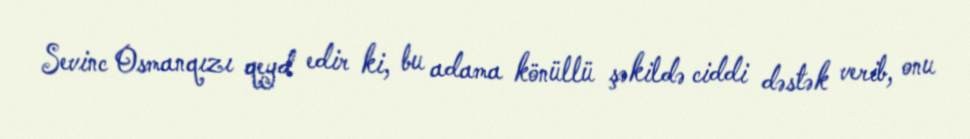
Sevinc Osmanqızı qeyd edir ki, bu adama könüllü şəkildə ciddi dəstək verib, onu